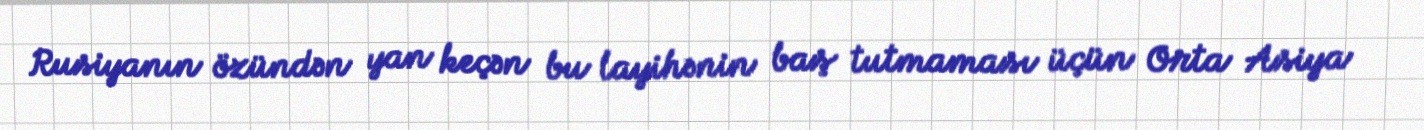
Rusiyanın özündən yan keçən bu layihənin baş tutmaması üçün Orta Asiya